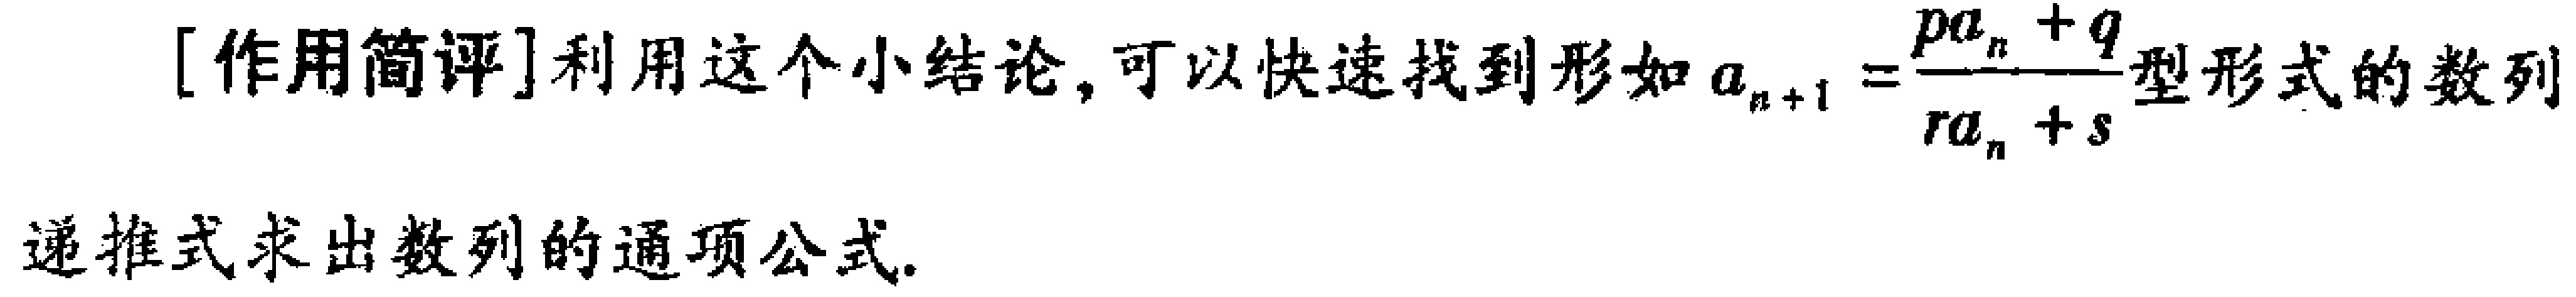
[作用简评]利用这个小结论，可以快速找到形如\(a_{n + 1} = \frac{pa_{n}+q}{ra_{n}+s}\)型形式的数列递推式求出数列的通项公式.